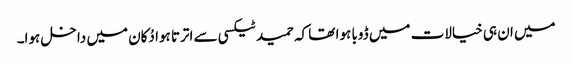
میں ان ہی خیالات میں ڈوبا ہوا تھا کہ حمید ٹیکسی سے اترتا ہوا دُکان میں داخل ہوا۔